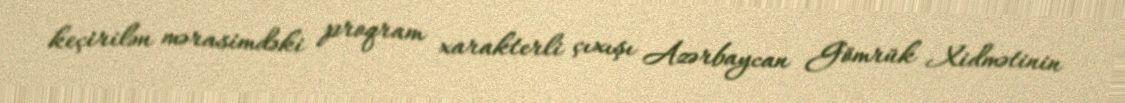
keçirilən mərasimdəki proqram xarakterli çıxışı Azərbaycan Gömrük Xidmətinin